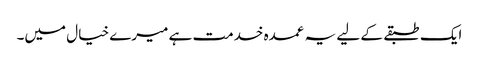
ایک طبقے کے لیے یہ عمدہ خدمت ہے میرے خیال میں۔